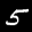
Label: 5